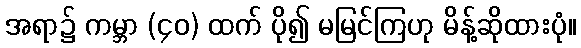
အရာ၌ ကမ္ဘာ (၄၀) ထက် ပို၍ မမြင်ကြဟု မိန့်ဆိုထားပုံ။